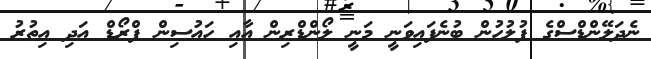
ނެދަލޭންޑްސްގެ ފުލުހުން ބުނެފައިވަނީ މަނީ ލޯންޑްރިން އާއި ހައުސިން ފްރޯޑް އަދި އިތުރު